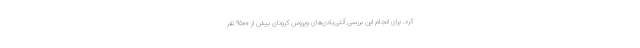
کرد. برای انجام این بررسی آنتی‌بادی‌های ویروس کرونای بیش از ۹۵۰۰ نفر